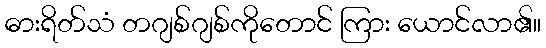
ဓားရိတ်သံ တဂျစ်ဂျစ်ကိုတောင် ကြား ယောင်လာ၏။